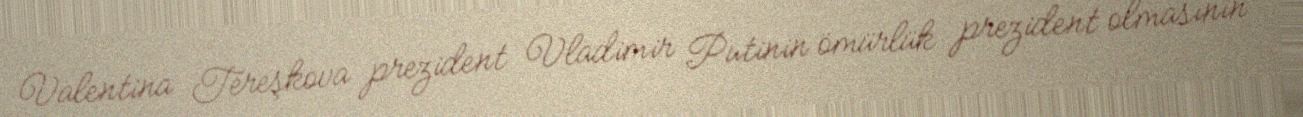
Valentina Tereşkova prezident Vladimir Putinin ömürlük prezident olmasının